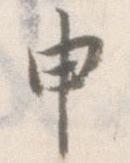
申